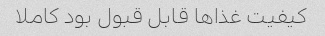
کیفیت غذا‌ها قابل قبول بود کاملا